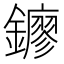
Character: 𨮛